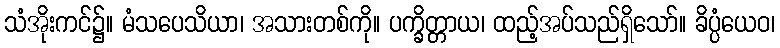
သံအိုးကင်၌။ မံသပေသိယာ၊ အသားတစ်ကို။ ပက္ခိတ္တာယ၊ ထည့်အပ်သည်ရှိသော်။ ခိပ္ပံယေဝ၊